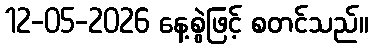
12-05-2026 နေ့စွဲဖြင့် စတင်သည်။